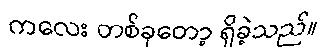
ကလေး တစ်ခုတော့ ရှိခဲ့သည်။